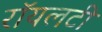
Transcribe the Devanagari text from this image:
रॉयलटी